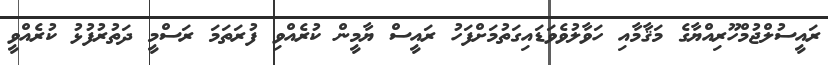
ރައީސުލްޖުމްހޫރިއްޔާގެ މަޤާމާއި ހަވާލުވެވަޑައިގަތުމަށްފަހު ރައީސް ޔާމީން ކުރެއްވި ފުރަތަމަ ރަސްމީ ދަތުރުފުޅު ކުރެއްވީ